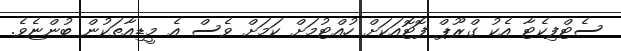
ސެޓްފިކެޓާ އެކު ގްރޫޕް ފޮޓޮއަކަށް ހުއްޓުމަށް ކަމަށް ވެސް އެ މީޑިއާތަކުން ބުންޏެވެ.